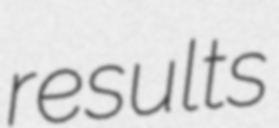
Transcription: results